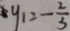
y _ { 1 } = - \frac { 2 } { 3 }